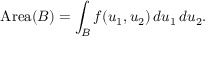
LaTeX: \operatorname { A r e a } ( B ) = \int _ { B } f ( u _ { 1 } , u _ { 2 } ) \, d u _ { 1 } \, d u _ { 2 } .